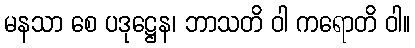
မနသာ စေ ပဒုဋ္ဌေန၊ ဘာသတိ ဝါ ကရောတိ ဝါ။